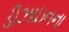
ડીઝાઇનના